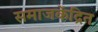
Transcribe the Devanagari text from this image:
समाजकेंद्रित